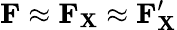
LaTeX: \mathbf{F}\approx\mathbf{F}_{\mathbf{X}}\approx\mathbf{F}_{\mathbf{X}}^{\prime}